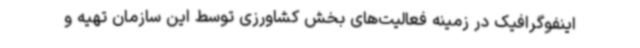
اینفوگرافیک در زمینه فعالیت‌های بخش کشاورزی توسط این سازمان تهیه و